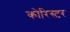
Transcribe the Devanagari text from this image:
कोरिस्टर